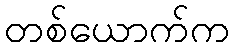
တစ်ယောက်က